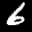
Label: 6